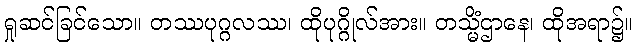
ရှုဆင်ခြင်သော။ တဿပုဂ္ဂလဿ၊ ထိုပုဂ္ဂိုလ်အား။ တသ္မိံဌာနေ၊ ထိုအရာ၌။